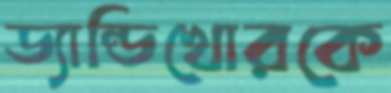
ড্যান্ডিখোরকে